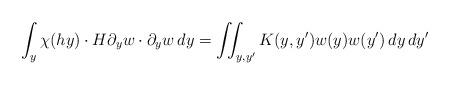
LaTeX: \begin{align*}\int_y \chi(hy) \cdot H \partial_y w \cdot \partial_y w \, dy = \iint_{y,y'} K(y,y') w(y) w(y') \, dy \, dy'\end{align*}